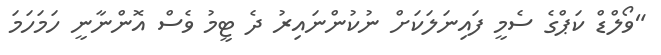
"ވޯލްޑް ކަޕްގެ ސެމީ ފައިނަލަކަށް ނުކުންނައިރު ދެ ޓީމު ވެސް އޮންނާނީ ހަމަހަމަ